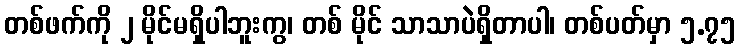
တစ်ဖက်ကို ၂ မိုင်မရှိပါဘူးကွ၊ တစ် မိုင် သာသာပဲရှိတာပါ၊ တစ်ပတ်မှာ ၅.၇၅